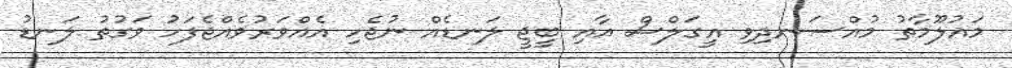
މައުލޫމާތު މުއްސަނދިވި އީގަލްސް އާއި ބީޖީ ލަނޑެއް ނުޖެހި އެއްވަރުވެއްޖެފަހު ވަގުތު ލަނޑު